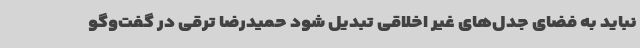
نباید به فضای جدل‌های غیر اخلاقی تبدیل شود حمیدرضا ترقی در گفت‌وگو